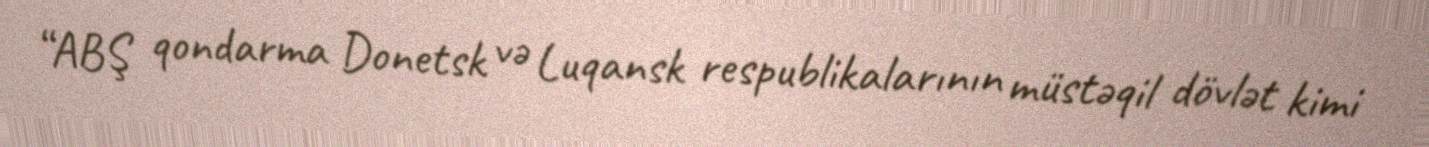
“ABŞ qondarma Donetsk və Luqansk respublikalarının müstəqil dövlət kimi